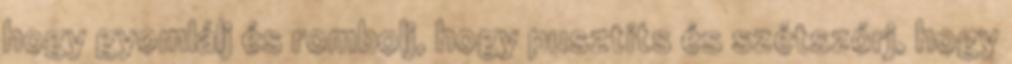
hogy gyomlálj és rombolj, hogy pusztíts és szétszórj, hogy